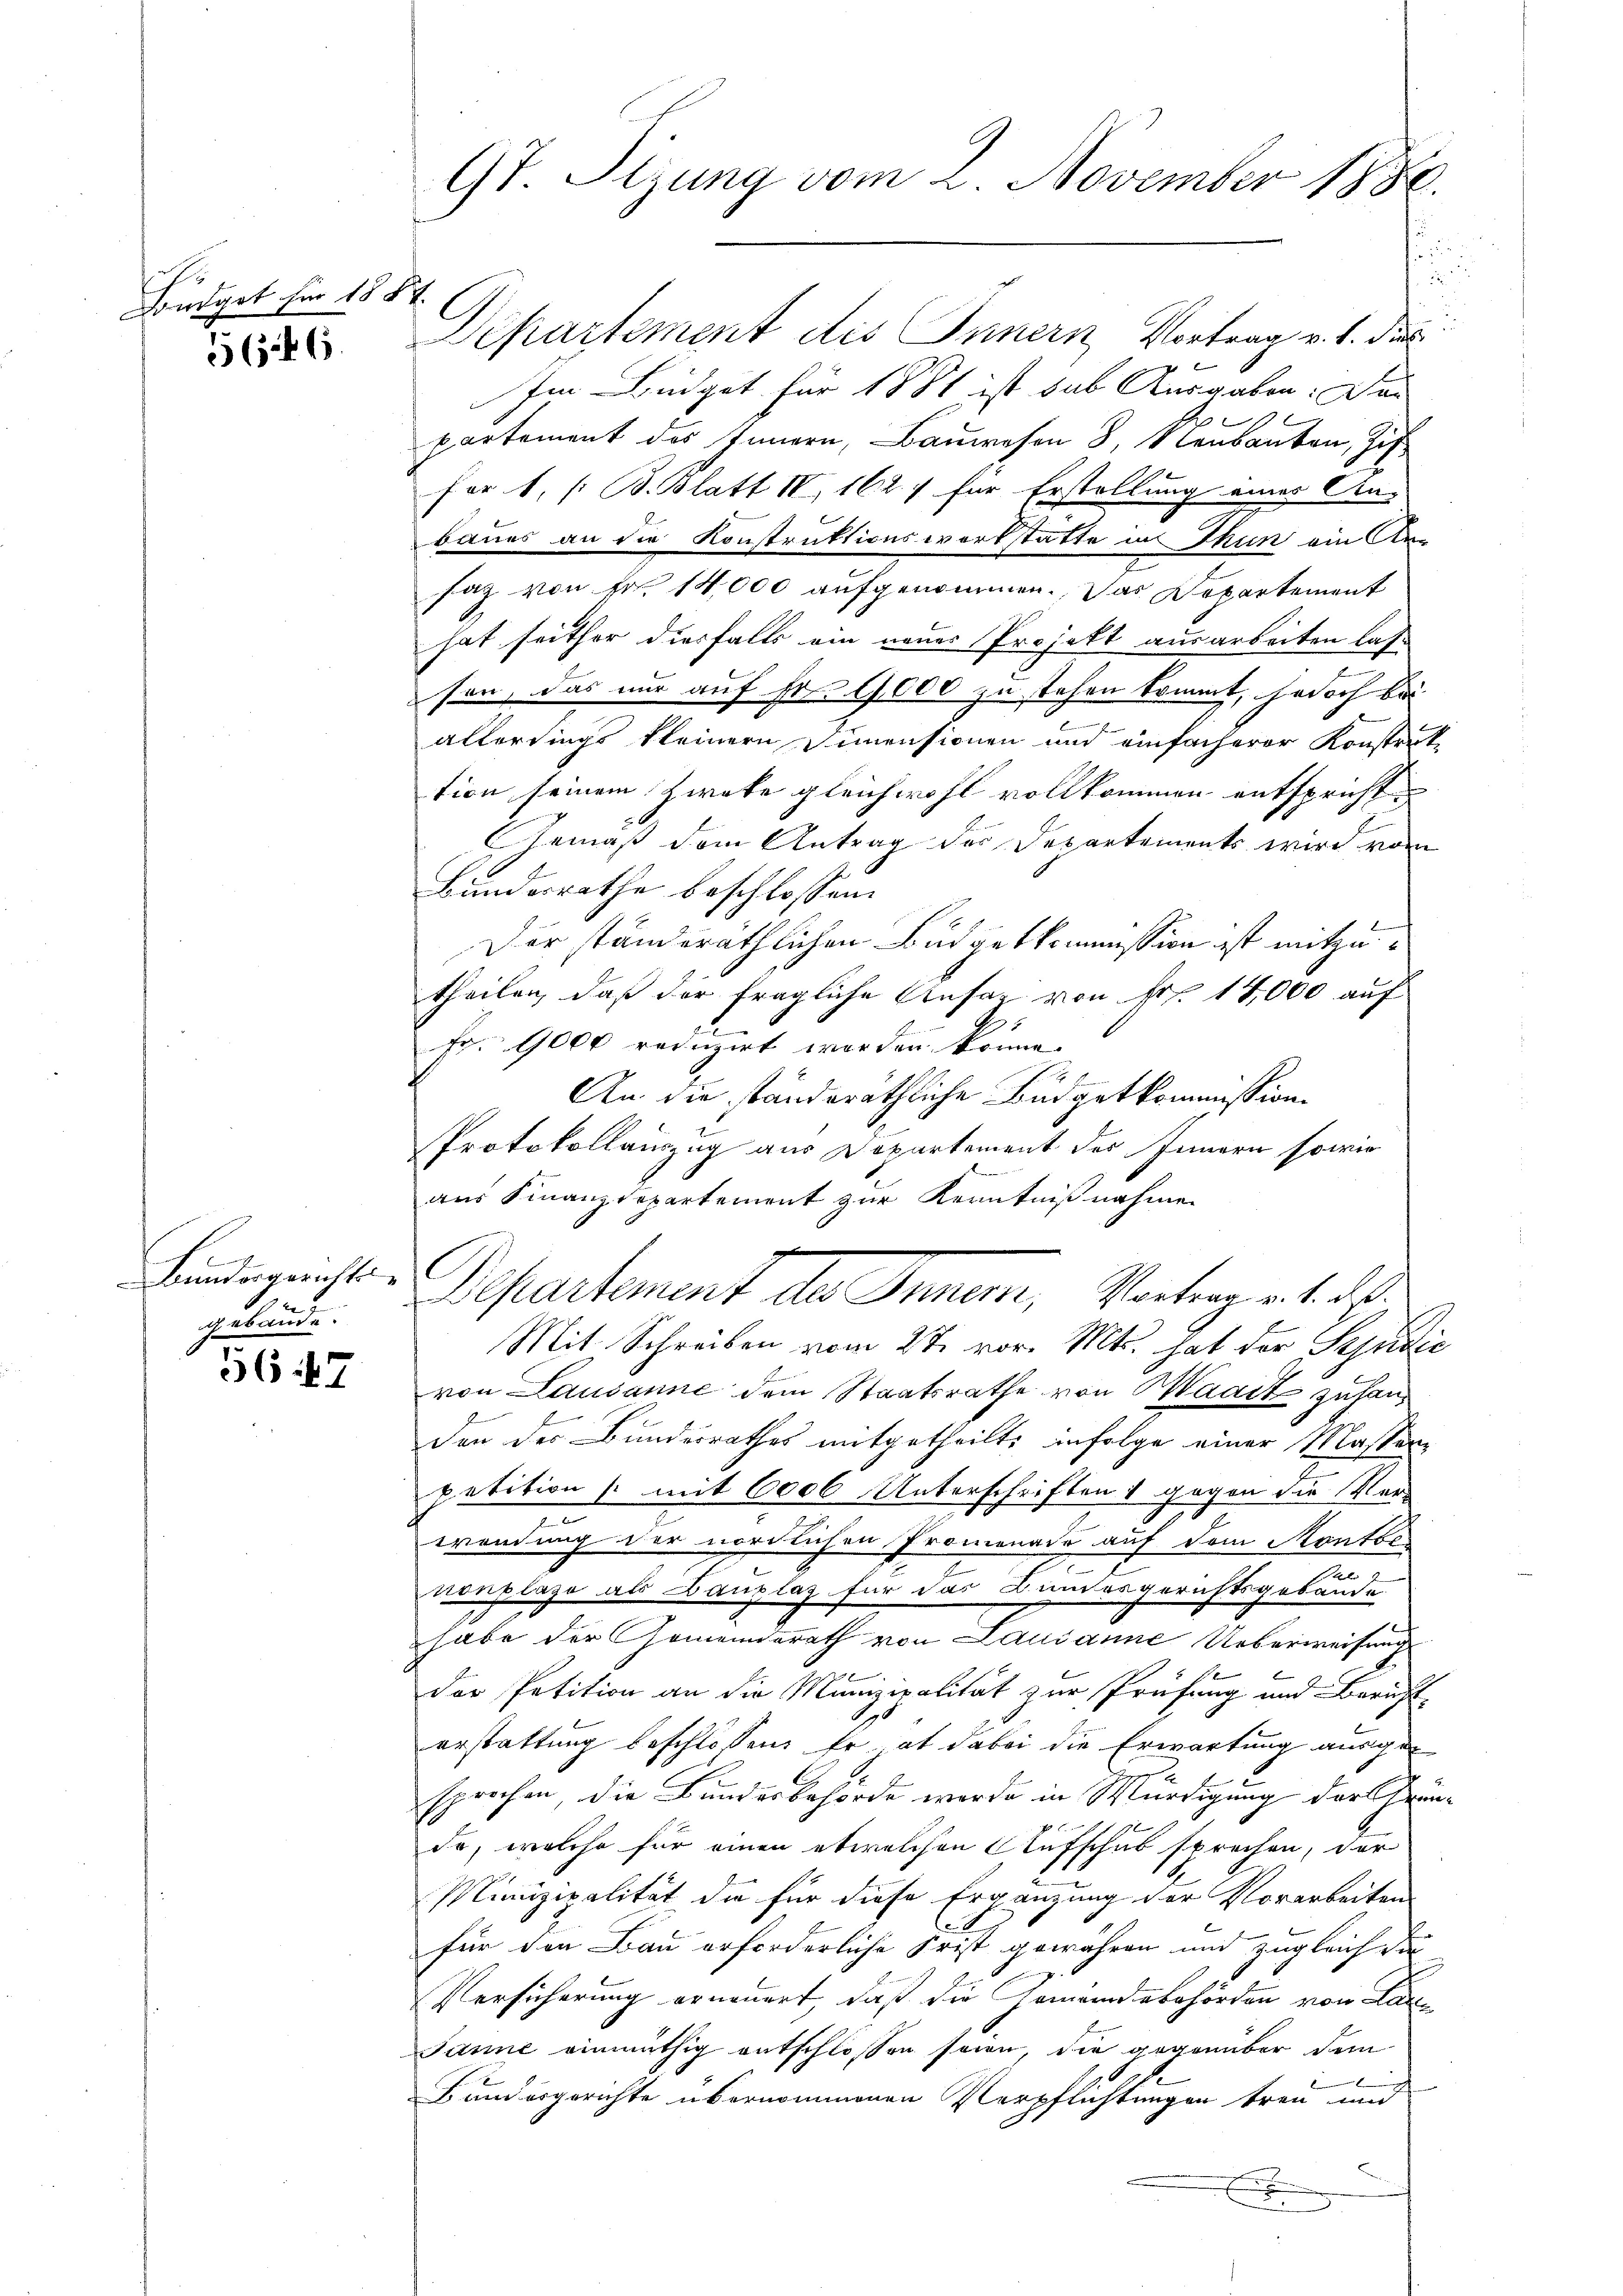
Foudget für 18.

646.

e
Bundergerichts
gebäude.

5647

97 Sizung vom 2. November 1886.

d

Departement des Innern, Vortrag v. J. das
Im Büdget für 1881 ist sub Ausgaben: Da
A
partement des Innern, Bauwesen 3, Neubanken, Zif
for 1. /: B. Blatt IV 162. 7 für Erstellung eines An-
baues an die Konstruktionswortstatte in Thun ein An¬
7
saz von Fr. 14,000 aufgenommen. Das Departement
hat seither diesfalls ein neuer Projekt ausarbeiten lassen, das nur auf Fr. 1000 zu stehen kommt, jedoch bei
allerdings kleinern Immensionen und einfacherer Konsterke
tion seinem Zwecke gleichwohl vollkommen entspricht
Gemäß dem Antrag des Departements wird vom
Bundesrathe beschlossen:
Der standeräthlichen Büdgetkommission ist mitzutheilen, daß der fragliche Ansag von Fr. 14,000 auf
fr. 9000 reduzirt worden könne.
1
An die standeräthliche Budgetkommission
Protokollauszug aus Departement des Innern sowie
aus Finanzdepartement zur Kenntnißnahmen
x
l
Bepartement des Innern, Vortrag v. 1. d.
Mit Schreiben vom 2te vor. Mts. hat der Sendie
von Lausanne dem Staatsrathe von Maart zuhanden der Bundesrathes mitgetheilt, infolge einer Masser
petition (mit 6000 Unterschriften 1 gegen die Ver-
wendung der nördlichen Promenade auf dem Montbe
a
nenplaze als Banzlaz für das Bundesgerichtsgebäude
habe der Gemeinderath von Lausanne Ueberweisung
der Petition an die Munizipalität zur Prüfung und Bericht
.
erstattung beschlossen: Er ab dabei die Erwartung ausgesprochen die Bundesbehörde wurde in Würdigung der Krända, welche für einen etwelchen Aufschub sprechen, der
Minizipalität die für diese Ergänzung der Vorarbeiten
für den Bau erforderliche Frist gewähren und zugleich da
Versicherung erneuert, daß die Gemeindebehörden von Lan¬
Janne einmüthig entschlossen seien, die gegenüber dem

Bundergerichte übernommenen Verpflichtungen treu und
x